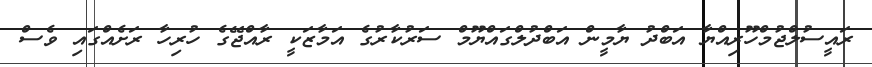
ރައީސުލްޖުމްހޫރިއްޔާ އަބްދު ޔާމީން އަބްދުލްގައްޔޫމް ސަރުކާރުގެ އަމާޒަކީ ރާއްޖޭގެ ހުރިހާ ރަށެއްގައި ވެސް